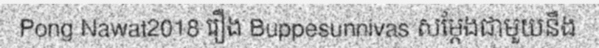
Pong Nawat2018 រឿង Buppesunnivas សម្តែងជាមួយនឹង